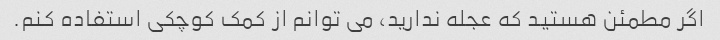
اگر مطمئن هستید که عجله ندارید، می توانم از کمک کوچکی استفاده کنم.